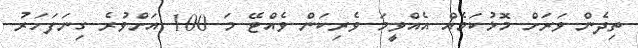
ތިދެން ވަރަށް މޮޅުކަމެއް އެއްވީމަ ވެރިކަން ވެއްޓޭ މަ 100 އަށްވުރެ ގިނަފަހަރު